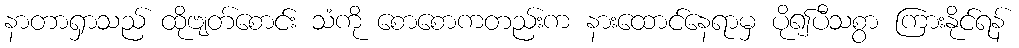
နာတာရှာသည် ထိုဗျတ်စောင်း သံကို စောစောကတည်းက နားထောင်နေရာမှ ပို၍ပီသစွာ ကြားနိုင်ရန်